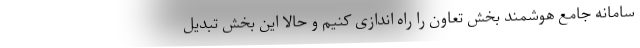
سامانه جامع هوشمند بخش تعاون را راه اندازی کنیم و حالا این بخش تبدیل